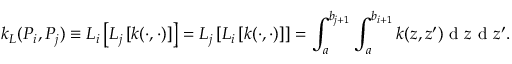
k _ { L } ( P _ { i } , P _ { j } ) \equiv L _ { i } \left[ L _ { j } \left[ k ( \cdot , \cdot ) \right] \right] = L _ { j } \left[ L _ { i } \left[ k ( \cdot , \cdot ) \right] \right] = \int _ { a } ^ { b _ { j + 1 } } \int _ { a } ^ { b _ { i + 1 } } k ( z , z ^ { \prime } ) \textrm { d } z \textrm { d } z ^ { \prime } .